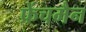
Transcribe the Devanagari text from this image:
फ्रेंचमैन